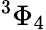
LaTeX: {}^{3}\Phi_{4}